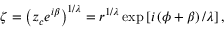
\zeta = \left( z _ { c } e ^ { i \beta } \right) ^ { 1 / \lambda } = r ^ { 1 / \lambda } \exp \left[ i \left( \phi + \beta \right) / \lambda \right] ,